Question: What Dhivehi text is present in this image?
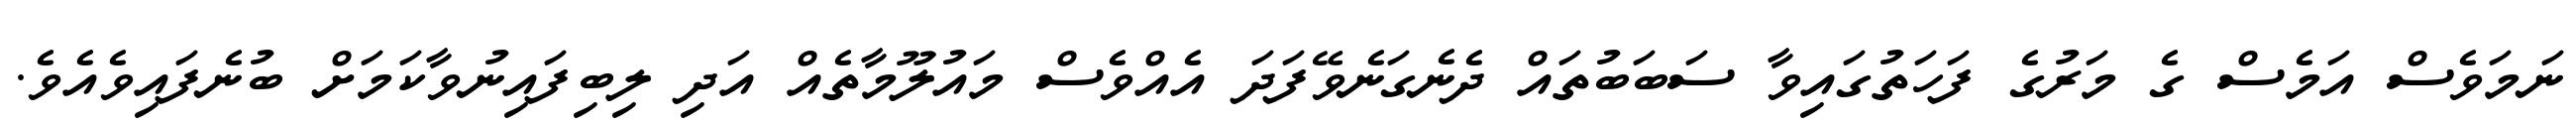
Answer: ނަމަވެސް އަމެސް ގެ މަރުގެ ފަހަތުގައިވާ ސަބަބުތައް ދެނެގަނެވޭފަދަ އެއްވެސް މައުލޫމާތެއް އަދި ލިބިފައިނުވާކަމަށް ބުނެފައިވެއެވެ.